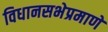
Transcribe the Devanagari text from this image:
विधानसभेप्रमाणे